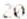
20